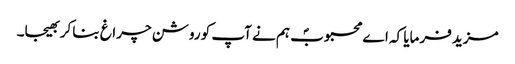
مزید فرمایا کہ اے محبوبؐ ہم نے آپ کو روشن چراغ بنا کر بھیجا۔